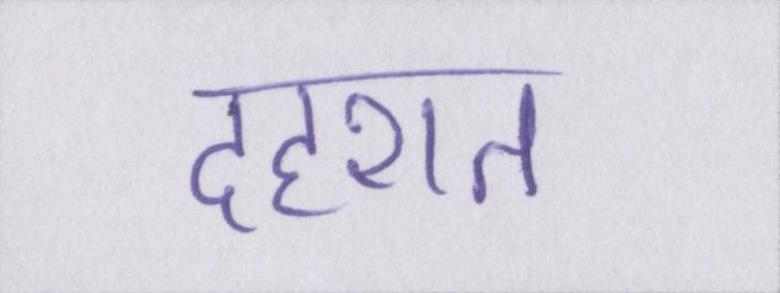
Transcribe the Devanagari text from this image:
दहशत